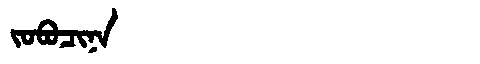
Manchu: ᠵᠣᠪᠣᠴᡳᠨᠠ
Romanization: JOBOCINA